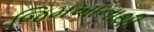
જિમખાનાથી